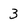
Character: 3